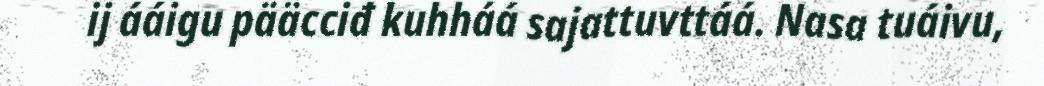
ij ááigu pääcciđ kuhháá sajattuvttáá. Nasa tuáivu,